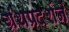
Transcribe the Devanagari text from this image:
ग्रंथप्रदर्शने